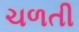
ચળતી